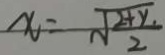
x = \sqrt { \frac { 2 + y } { 2 } }